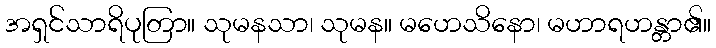
အရှင်သာရိပုတြာ။ သုမနသာ၊ သုမန။ မဟေသိနော၊ မဟာရဟန္တာ၏။